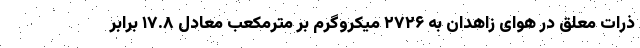
ذرات معلق در هوای زاهدان به ۲۷۲۶ میکروگرم بر مترمکعب معادل ۱۷.۸ برابر